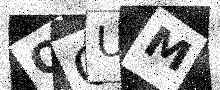
Text: OOUM